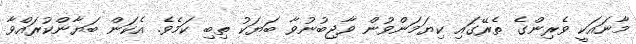
މާނައަކީ ވެރިންގެ ތެރޭގައި ކިޔަމަންވުން ވާޖިބުނުވާ ބަޔަކު ތިބި ކަމެވެ. އެކަން ބަޔާންކުރައްވާ